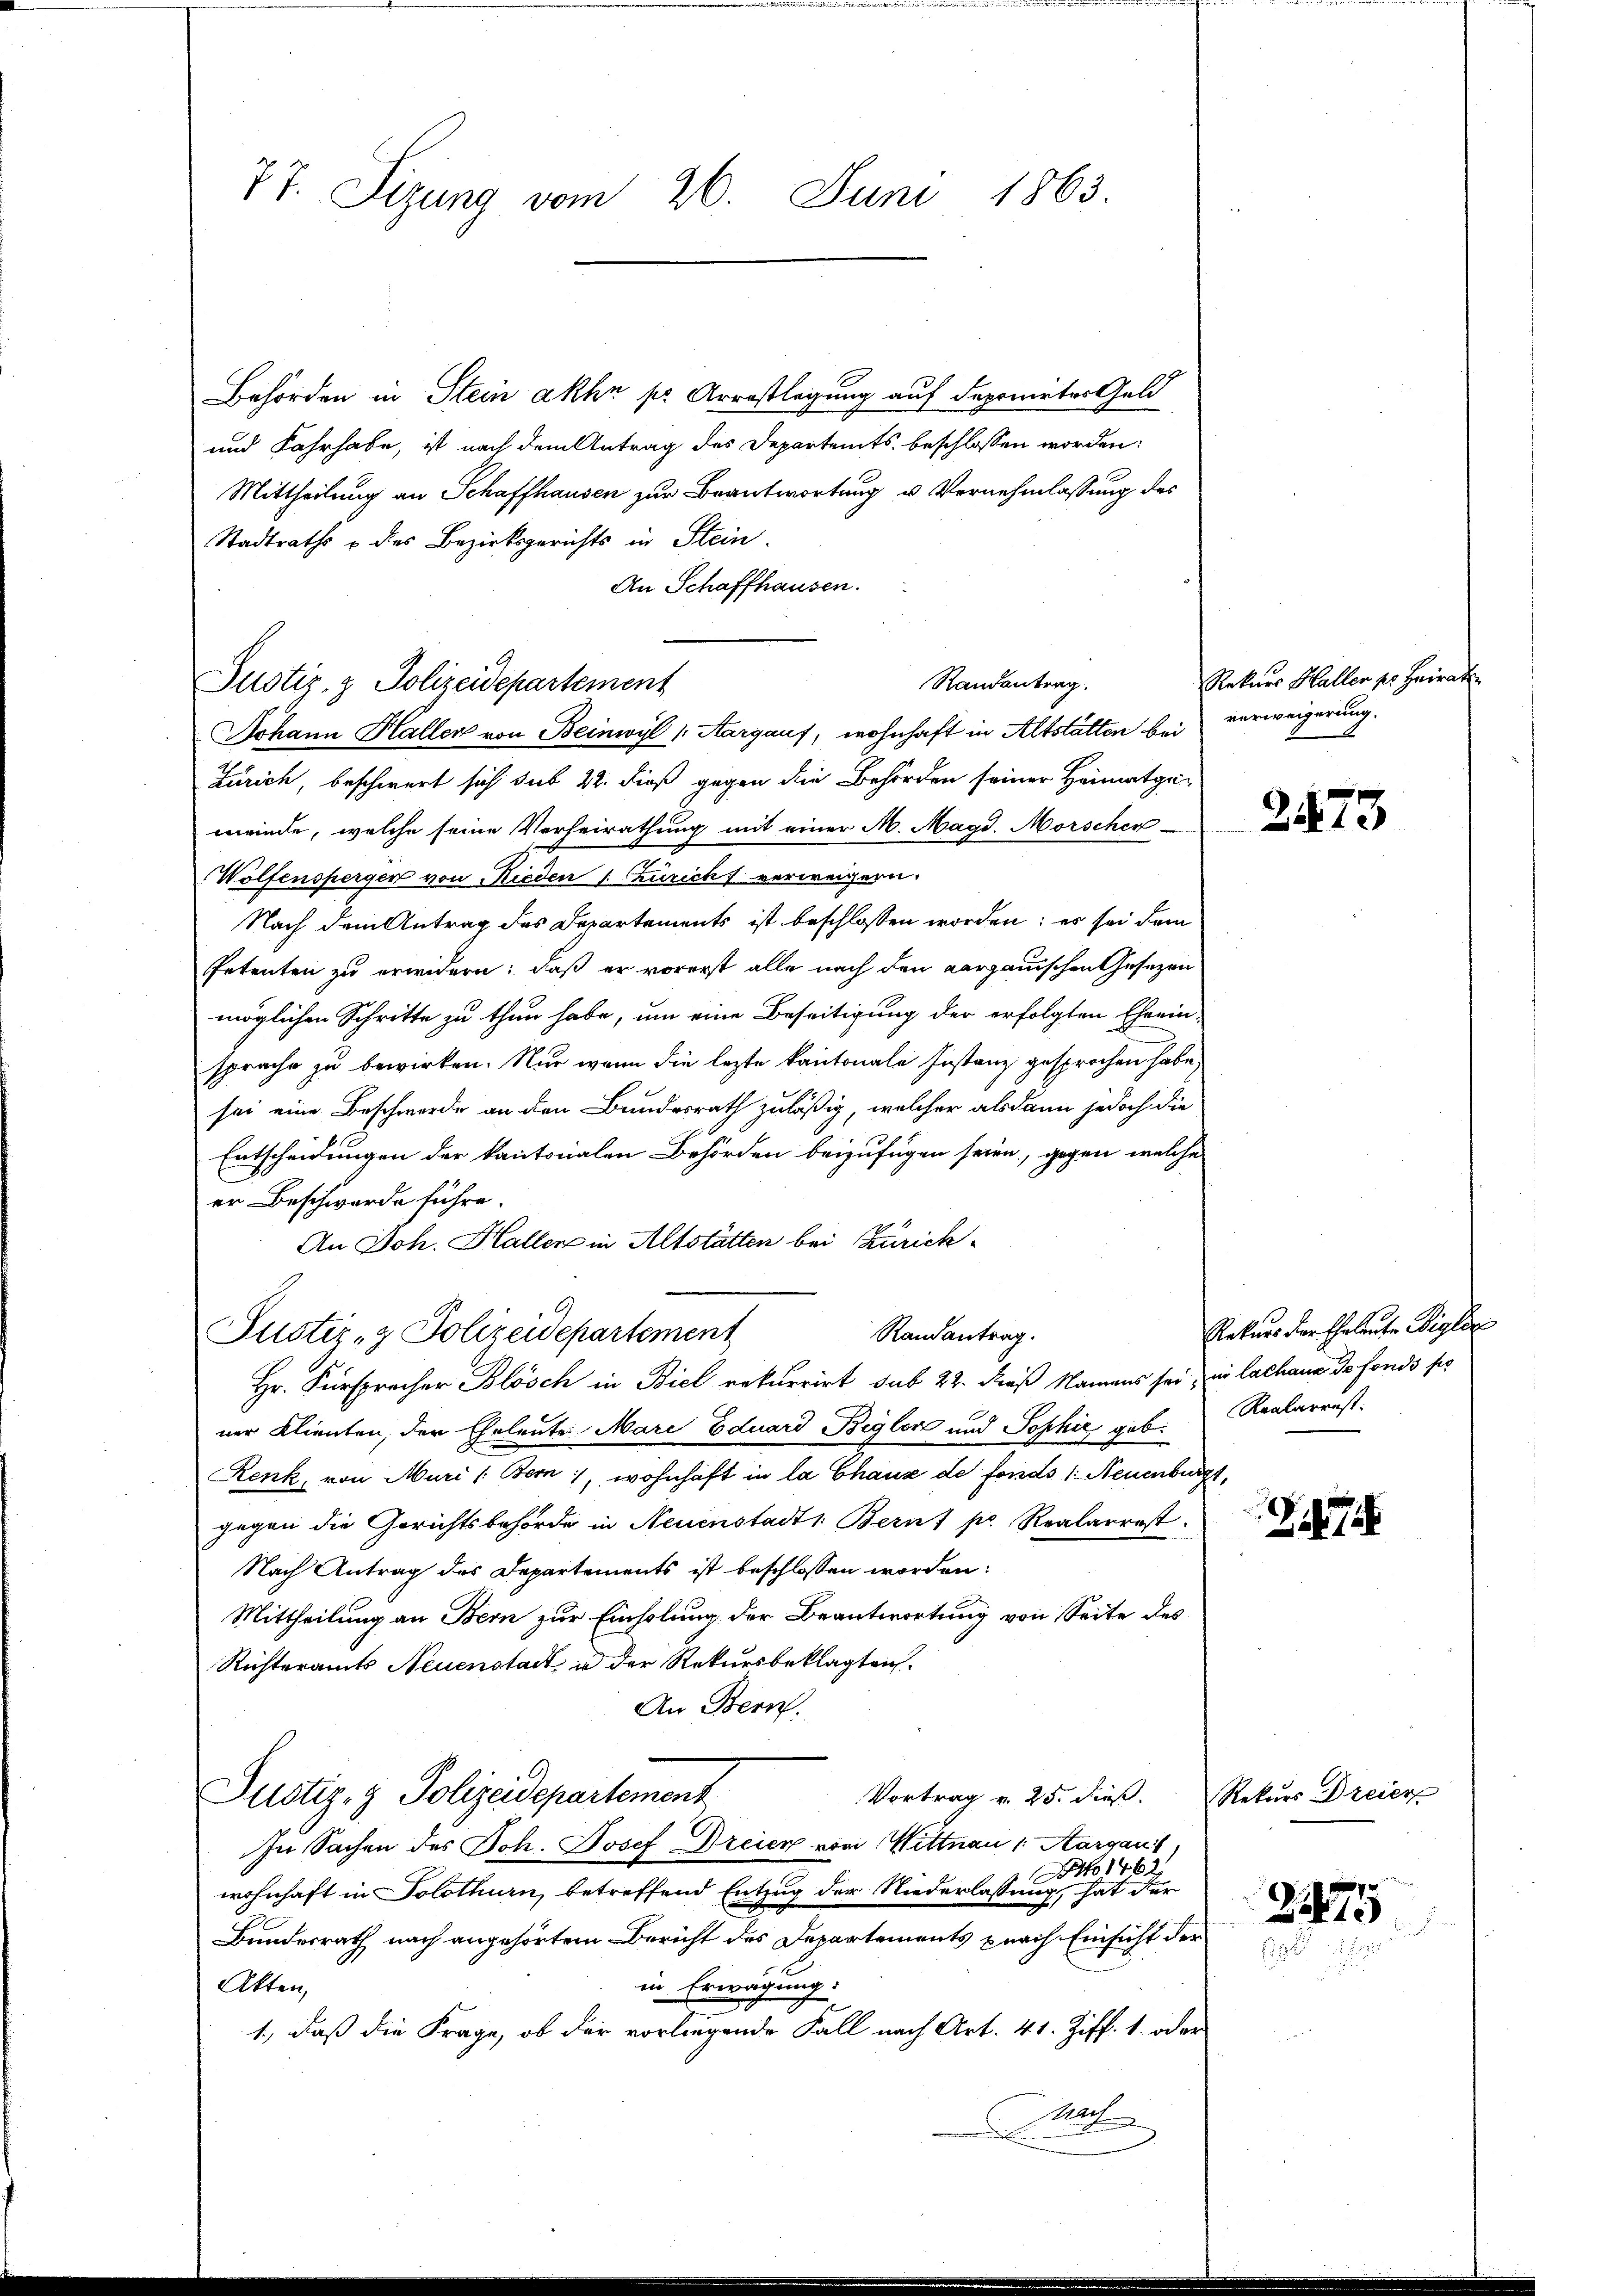
77. Sizung vom 26. Juni 1863.

Behörden in Stein akhn pr. Arrestlegung auf deponirtes Geld
und Fahrhabe, ist nach dem Antrag des Departents beschlossen worden:
Mittheilung an Schaffhausen zur Beantwortung u. Vernehmlassung des
Stadtraths u des Bezirksgerichts in Stein
An Schaffhausen.
Johann Haller von Beinwyl (Aargauf, wohnhaft in Altstätten bei verweigerung.
Zürich, beschwert sich sub 22. dieß gegen die Behörden seiner Heimatgemeinde, welche seine Verheirathung mit einer M. Magd. Morscher
Wolfenspergen von Nieden 1. Zürich verweigern.
Nach dem Antrag des Departements ist beschlossen worden; es sei dem
Petenten zu erwidern; daß er vorerst alle nach den aargauischen Gesezen
möglichen Schritte zu thun habe, um eine Beseitigung der erfolgten Eheein-
sprache zu bewirken. Nur wenn die lezte kantonale Instanz gesprochen habe,
sei eine Beschwerde an den Bundesrath zuläßig, welcher alsdann jedoch die
Entscheidungen der kantonalen Behörden beizufügen seien, gegen welche
er Beschwerde führe.
An Joh. Haller in Altstätten bei Zürich
Randantrag.
Justiz- & Polizeidepartement
Hr. Fürsprecher Blösch in Biel rekurrirt sub 22. dieß Namens sei, in lachann do fonds sie
ner Klienten, der Eheleute Mare Eduard Begler und Sophie geb. Realarrest
Renk, von Muri (Bern, wohnhaft in la Chaus de fonds 1: Neuenburg,
gegen die Gerichtsbehörde in Neuenstadts. Bern pr. Realarrest
Nach Antrag des Departements ist beschlossen worden:
Mittheilung an Bern zur Einholung der Beantwortung von Seite des
Richteramts Neuenstadt in der Rekursbeklagten.
An Bern.
Vortrag v. 25. dieß.
Justiz- & Polizeidepartement
In Sachen des Joh. Josef Dreien von Wittnau 1. Aargaui
NNo 1462.
wohnhaft in Solothurn, betreffend Entzug der Niederlassung, hat der
Bundesrath nach angehörtem Bericht des Departements nach Einsicht der
in Erwägung:
Akten,
1., daß die Frage, ob der vorliegende Fall nach Art. 41. Ziff. 1. oder
nach

Justiz- & Polizeidepartement

Randantrag.

Rekurs Haller pr. Heirat

2473

Rekurs der Eheleute Vigler

i

Rekurs Dreier

2275